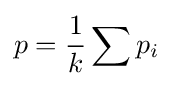
p={\frac {1}{k}}\sum {p_{i}}